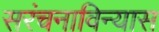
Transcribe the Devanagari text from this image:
सरंचनाविन्यास